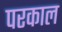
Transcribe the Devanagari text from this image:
परकाल